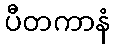
ပီတကာနံ